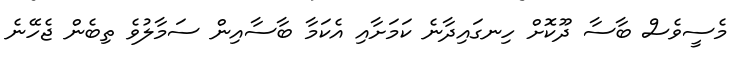
މެސީވެސް ބާސާ ދޫކޮށް ހިނގައިދާނެ ކަމަށާއި އެކަމާ ބާސާއިން ސަމާލުވެ ތިބެން ޖެހޭނެ